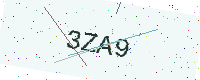
Text: 3ZA9